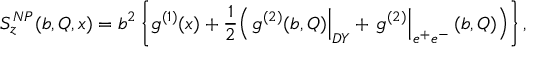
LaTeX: S _ { z } ^ { N P } ( b , Q , x ) = b ^ { 2 } \left\{ g ^ { ( 1 ) } ( x ) + \frac { 1 } { 2 } \Bigl ( \left. g ^ { ( 2 ) } ( b , Q ) \right| _ { D Y } + \left. g ^ { ( 2 ) } \right| _ { e ^ { + } e ^ { - } } ( b , Q ) \Bigr ) \right\} ,